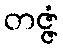
တဇ္ဇံ